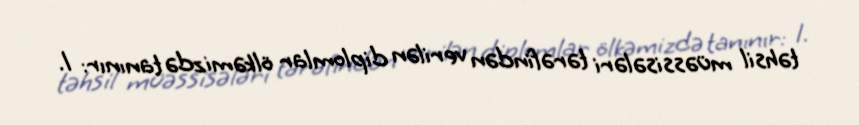
təhsil müəssisələri tərəfindən verilən diplomlar ölkəmizdə tanınır: 1.